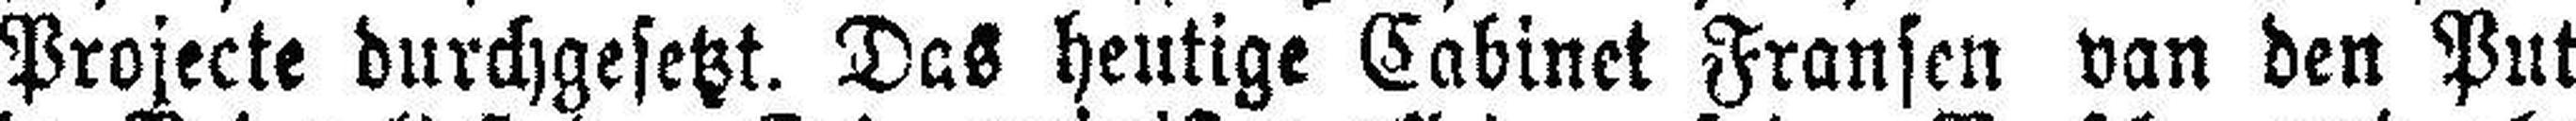
Projecte durchgesetzt. Das heutige Cabinet Fransen van den Put